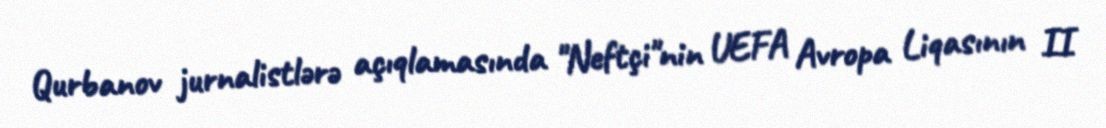
Qurbanov jurnalistlərə açıqlamasında "Neftçi"nin UEFA Avropa Liqasının II